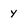
Character: Y